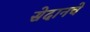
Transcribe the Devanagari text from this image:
सेदानचे